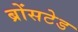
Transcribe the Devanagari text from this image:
ब्रोंसटेड